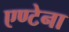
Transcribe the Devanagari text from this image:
एण्टेना